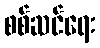
စစ်ဆင်ရေး